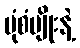
ပုံစံမျိုးနဲ့